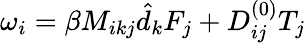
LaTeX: \omega_{i}=\beta M_{ikj}\hat{d}_{k}F_{j}+D_{ij}^{(0)}T_{j}